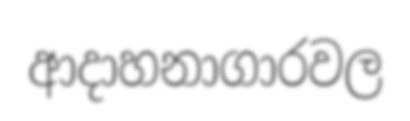
ආදාහනාගාරවල